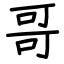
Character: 哥